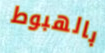
بالهبوط